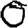
Digit: 0